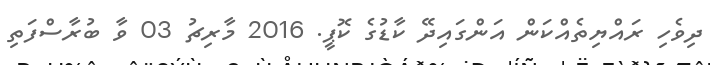
ދިވެހި ރައްޔިތެއްކަން އަންގައިދޭ ކާޑުގެ ކޮޕީ. 2016 މާރިޗު 03 ވާ ބުރާސްފަތި